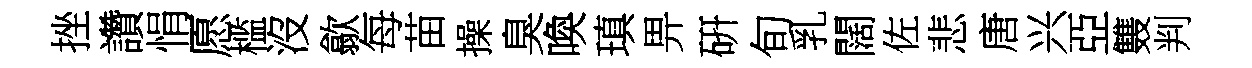
挫讚悁愿槛沒歙每苗操臭喚瑱畀硏旬乳闊佐悲唐兴亞䨇判